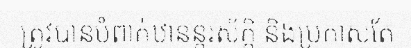
ត្រូវបានបំពាក់ឋានន្តរស័ក្តិ និងប្រកាសតែ